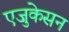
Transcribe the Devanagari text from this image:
एजुकेसन